Vaccination United Provinces of Agra and Oudh 1902-1913 - 1902-1913
Year: 1902
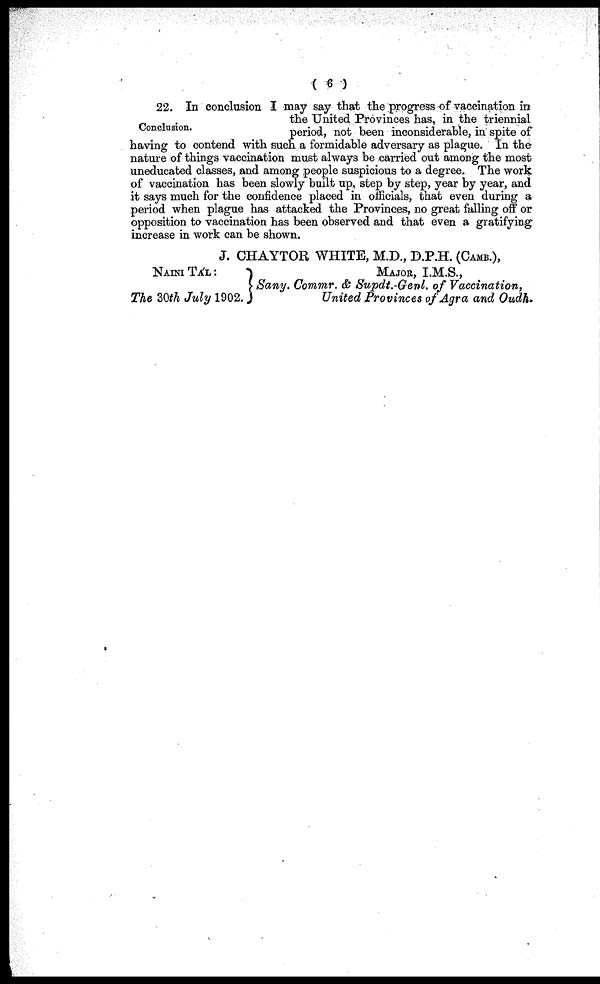
( 6 )
Conclusion.
22. In conclusion I may say that the progress of vaccination in
the United Provinces has, in the triennial
period, not been inconsiderable, in spite of
having to contend with such a formidable adversary as plague. In the
nature of things vaccination must always be carried out among the most
uneducated classes, and among people suspicious to a degree. The work
of vaccination has been slowly built up, step by step, year by year, and
it says much for the confidence placed in officials, that even during a
period when plague has attacked the Provinces, no great falling off or
opposition to vaccination has been observed and that even a gratifying
increase in work can be shown.
J. CHAYTOR WHITE, M.D., D.P.H. (CAMB.),
NAINI TA' L :
The 30th July 1902.
MAJOR, I.M.S.,
Sany. Commr. & Supdt.-Genl. of Vaccination,
United Provinces of Agra and Oudh.